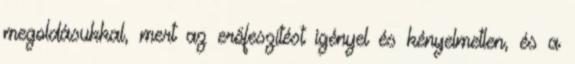
megoldásukkal, mert az erőfeszítést igényel és kényelmetlen, és a